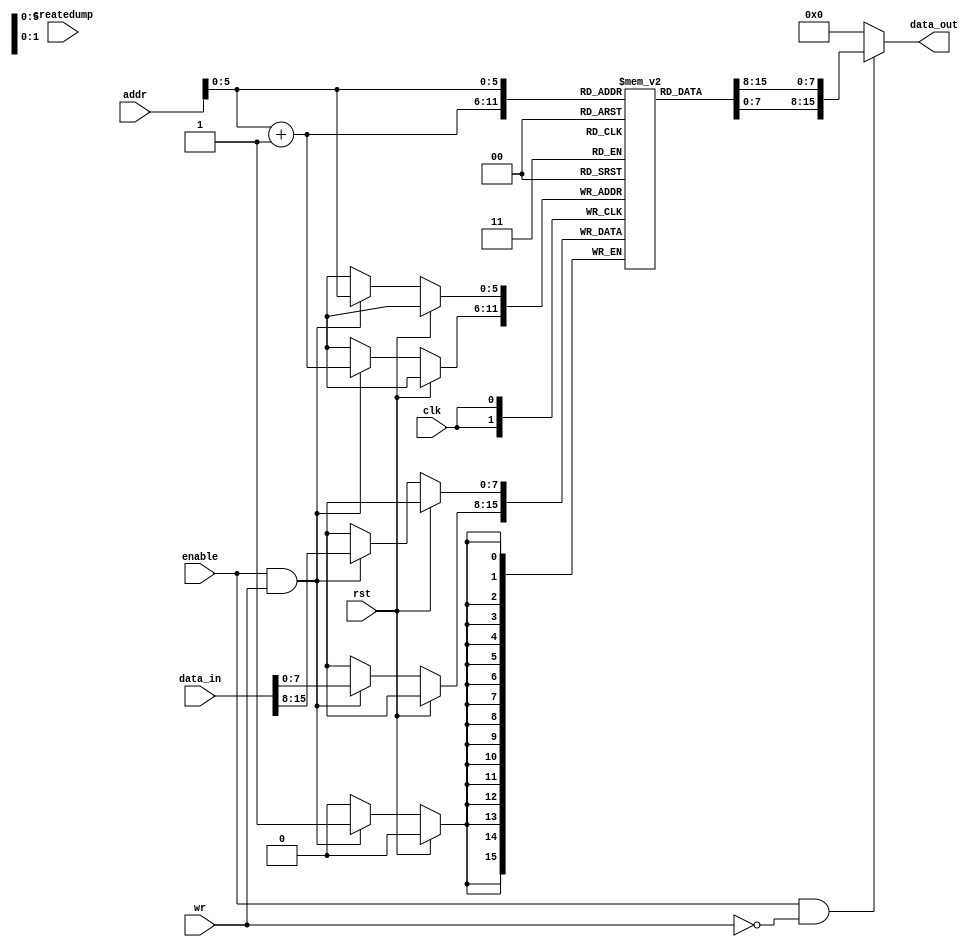
// Synthesizable memory

//////////////////////////////////////
//
// Memory -- single cycle version
//
// written for CS/ECE 552, Spring '07
// Pratap Ramamurthy, 19 Mar 2006
//
// This is a byte-addressable,
// 16-bit wide, 64K-byte memory.
//
// All reads happen combinationally with zero delay.
// All writes occur on rising clock edge.
// Concurrent read and write not allowed.
//
// On reset, memory loads from file "loadfile_all.img".
// (You may change the name of the file in
// the $readmemh statement below.)
// File format:
//     @0
//     <hex data 0>
//     <hex data 1>
//     ...etc
//
// If input "createdump" is true on rising clock,
// contents of memory will be dumped to
// file "dumpfile", from location 0 up through
// the highest location modified by a write.
//
//
//////////////////////////////////////

module memory2c (data_out, data_in, addr, enable, wr, createdump, clk, rst);

   output  [15:0] data_out;
   input [15:0]   data_in;
   input [15:0]   addr;
   input          enable;
   input          wr;
   input          createdump;
   input          clk;
   input          rst;

   wire [15:0]    data_out;
   
   reg [7:0]      mem [0:63];
   reg            loaded;
   reg [16:0]     largest;

   integer        mcd;
   integer        i;


   //    assign data_temp_0 = mem[addr];
   //    assign data_temp_2 = mem[{addr+8'h1];
   assign         data_out = (enable & (~wr))? {mem[addr],mem[addr+8'h1]}: 0;
   initial begin
      loaded = 0;
      largest = 0;
      /*
      for (i = 0; i< 65536; i=i+1) begin
         mem[i] = 8'd0;
      end
       */
   end

   always @(posedge clk) begin
      if (rst) begin
         // first init to 0, then load loadfile_all.img
         /*
         if (!loaded) begin
            $readmemh("loadfile_all.img", mem);
            loaded = 1;
         end
          */
      end
      else begin
         if (enable & wr) begin
	        mem[addr] = data_in[15:8];       // The actual write
	        mem[addr+1] = data_in[7:0];    // The actual write
            // if ({1'b0, addr} > largest) largest = addr;  
            // avoid negative numbers
         end
         /*
         if (createdump) begin
            mcd = $fopen("dumpfile", "w");
            for (i=0; i<=largest+1; i=i+1) begin
               $fdisplay(mcd,"%4h %2h", i, mem[i]);
            end
            $fclose(mcd);
         end
          */
      end
   end


endmodule  // memory2c